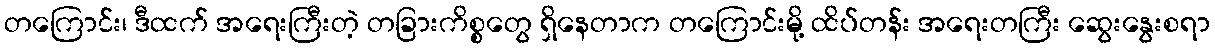
တကြောင်း၊ ဒီထက် အရေးကြီးတဲ့ တခြားကိစ္စတွေ ရှိနေတာက တကြောင်းမို့ ထိပ်တန်း အရေးတကြီး ဆွေးနွေးစရာ